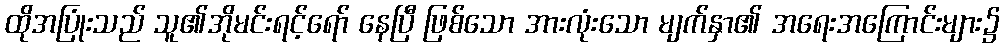
ထိုအပြုံးသည် သူ၏အိုမင်းရင့်ရော် နေပြီ ဖြစ်သော အားလုံးသော မျက်နှာ၏ အရေးအကြောင်းများ၌